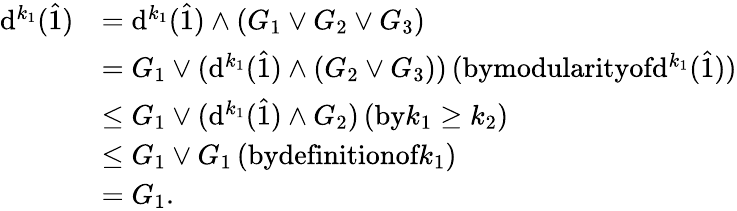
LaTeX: \begin{array}{rl}{\mathrm{d}^{k_{1}}(\hat{1})}&{=\mathrm{d}^{k_{1}}(\hat{1})\wedge(G_{1}\vee G_{2}\vee G_{3})}\\ &{=G_{1}\vee(\mathrm{d}^{k_{1}}(\hat{1})\wedge(G_{2}\vee G_{3}))\, (\textrm{bymodularityof}\mathrm{d}^{k_{1}}(\hat{1}))}\\ &{\leq G_{1}\vee(\mathrm{d}^{k_{1}}(\hat{1})\wedge G_{2})\, (\textrm{by}k_{1}\geq k_{2})}\\ &{\leq G_{1}\vee G_{1}\, (\textrm{bydefinitionof}k_{1})}\\ &{=G_{1}.}\end{array}